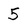
Character: 5